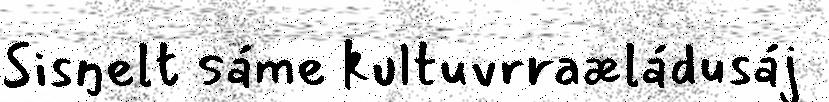
Sisŋelt sáme kultuvrraæládusáj